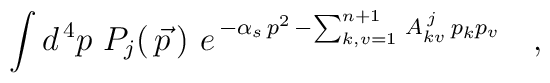
\int d^{\,4}p\ P_{j}(\,\vec p\,)\ e^{\,-\alpha_{s}\,p^{2}\,-\sum_{k,v=1}^{n+1}\,A^{\,j}_{kv}\,p_{k} p_{v}}\quad,